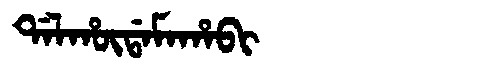
Manchu: ᡩᠠᠯᡥᡡᡩᠠᠮᠠᡥᠠᠪᡳ
Romanization: DALHŪDAMAHABI